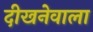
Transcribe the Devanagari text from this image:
दीखनेवाला